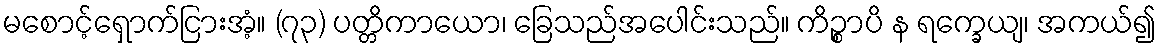
မစောင့်ရှောက်ငြားအံ့။ (၇၃) ပတ္တိကာယော၊ ခြေသည်အပေါင်းသည်။ ကိဉ္စာပိ န ရက္ခေယျ၊ အကယ်၍